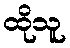
ထိုသူ